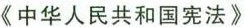
《中华人民共和国宪法》